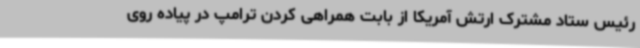
رئیس ستاد مشترک ارتش آمریکا از بابت همراهی کردن ترامپ در پیاده روی